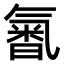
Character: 𣱩